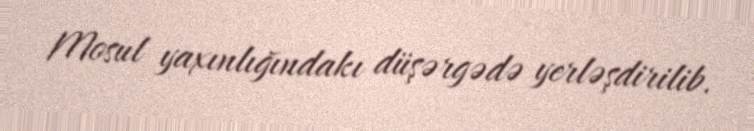
Mosul yaxınlığındakı düşərgədə yerləşdirilib.